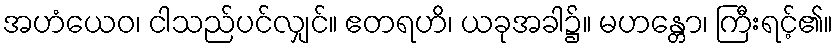
အဟံယေဝ၊ ငါသည်ပင်လျှင်။ ဧတရဟိ၊ ယခုအခါ၌။ မဟန္တော၊ ကြီးရင့်၏။